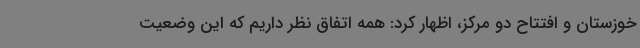
خوزستان و افتتاح دو مرکز، اظهار کرد: همه اتفاق نظر داریم که این وضعیت